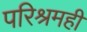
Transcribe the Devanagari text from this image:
परिश्रमही